Report on the bubonic plague in Bombay, 1896-1897
Year: 1896
Disease focus: Plague
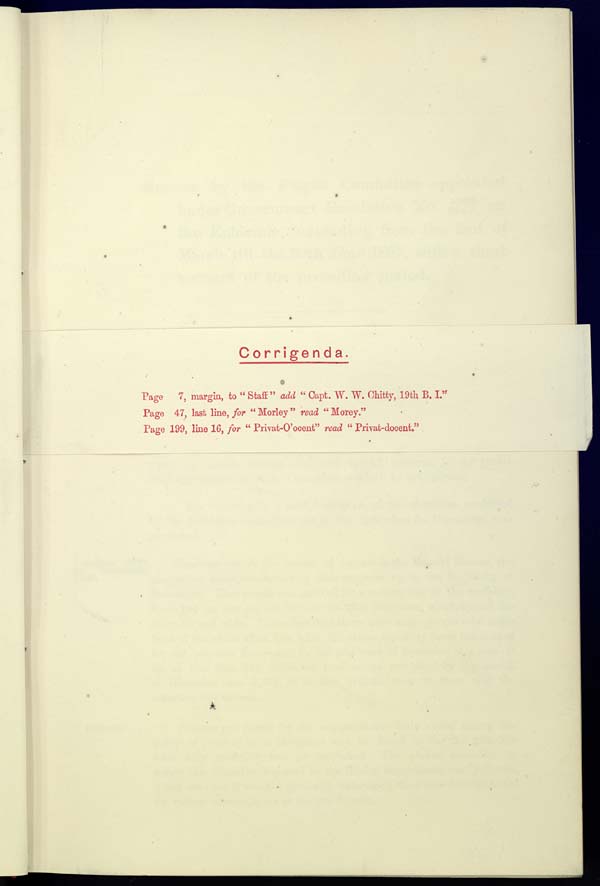
Corrigenda.
Page
7, margin, to "Staff" add "Capt. W. W. Chitty, 19th B. I."
Page 47, last line, for "Morley" read "Morey."
Page 199, line 16, for "Privat-O'ocent" read "Privat-docent."